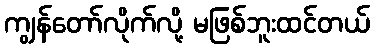
ကျွန်တော်လိုက်လို့ မဖြစ်ဘူးထင်တယ်